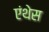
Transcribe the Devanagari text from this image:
एंथेस